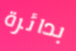
بدائرة